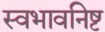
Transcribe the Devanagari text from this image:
स्वभावनिष्ट